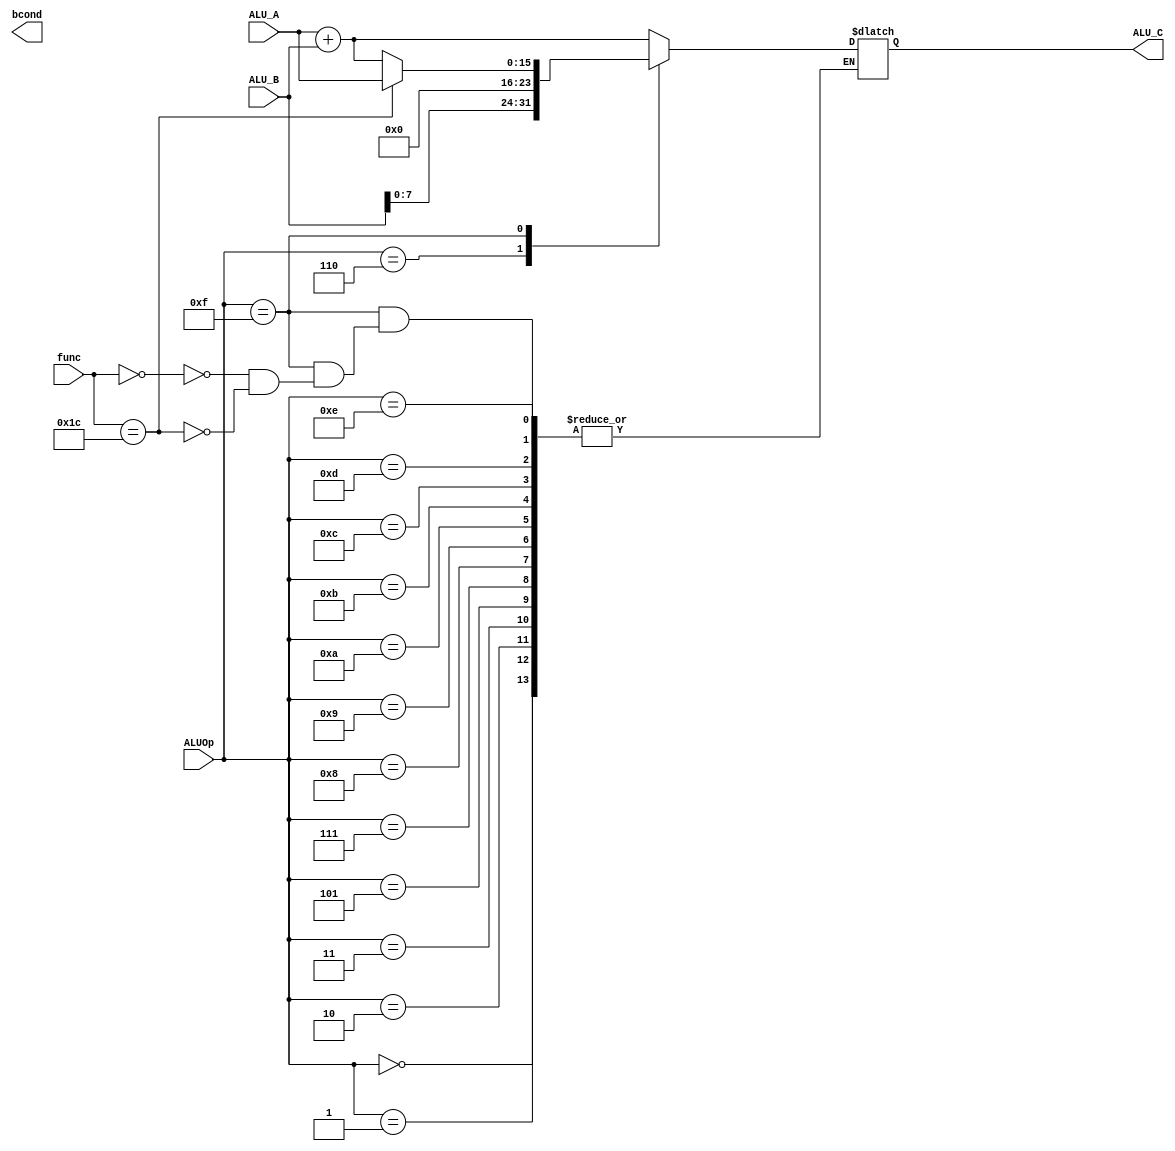
`timescale 1ns / 1ps
//////////////////////////////////////////////////////////////////////////////////
// Company: 
// Engineer: 
// 
// Design Name: 
// Module Name: ALU
// Project Name: 
// Target Devices: 
// Tool Versions: 
// Description: 
// 
// Dependencies: 
// 
// Revision:
// Revision 0.01 - File Created
// Additional Comments:
// 
//////////////////////////////////////////////////////////////////////////////////

`define WORD_SIZE 16

module ALU(
        ALUOp, func, ALU_A, ALU_B, ALU_C, bcond
    );
    
    input [3:0] ALUOp;
    input [`WORD_SIZE-1:0] ALU_A, ALU_B;
    input [5:0] func;
    
    output reg bcond;
    output reg [`WORD_SIZE-1:0] ALU_C;
    
    always @(*) begin
        case(ALUOp)
            4'd0:
                begin
                
                end
            4'd1:
                begin
                
                end
            4'd2:
                begin
                
                end
            4'd3:
                begin
                
                end
            4'd4: // ADDI
                begin
                    ALU_C = ALU_A + ALU_B;
                end
            4'd5:
                begin
                
                end
            4'd6: // LHI
                begin
                    ALU_C = ALU_B << 8 ;
                end
            4'd7:
                begin
                
                end
            4'd8:
                begin
                
                end
            4'd9: // Jump
                begin
                
                end
            4'd10:
                begin
                
                end
            4'd11:
                begin
                
                end
            4'd12:
                begin
                
                end
            4'd13:
                begin
                
                end
            4'd14:
                begin
                
                end
            4'd15:
                begin
                    case(func)
                        6'd0: // ADD
                            begin
                                ALU_C = ALU_A + ALU_B;
                            end
                        6'd28: // WWD
                            begin
                                ALU_C = ALU_A;
                            end
                    endcase
                end
        endcase
    end
    
endmodule